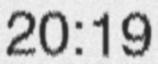
20:19